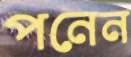
পনেন